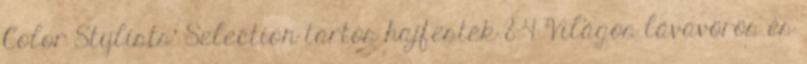
Color Stylists' Selection tartós hajfesték 8-4 Világos lávavörös és